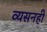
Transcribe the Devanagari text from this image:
व्यसनही